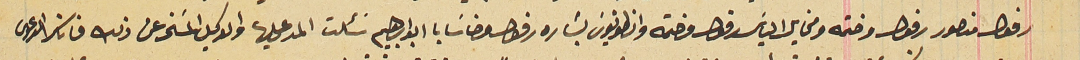
رفول منصور رفول وختمه ومخايل الياسَ رفول وختمه وانطونيوسَ بشاره رفول وحنا سَابا ابو ابرهيم سَئلت المدعى عليها والوكيل المسَخر عن ذلك فانكرا الدعوى